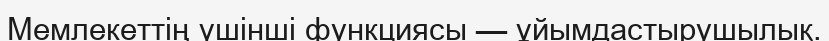
Мемлекеттің үшінші функциясы — ұйымдастырушылық.